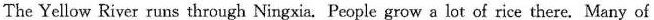
The Yellow River runs through Ningxia. People grow a lot of rice there. Many of